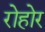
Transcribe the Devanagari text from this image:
रोहोर